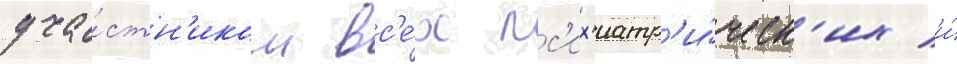
уча́стн'иком вс'е́х пс'их'иатр'и́ческ'их и́